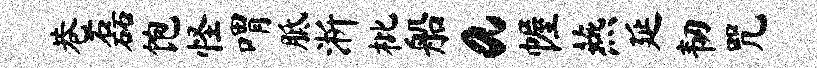
巷磊饱怪喟胝淅枇船a幄燕延韧咒